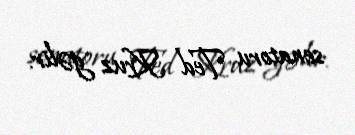
senatoru Ted Kruz gəlir.